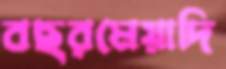
বছরমেয়াদি